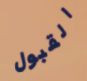
القبول